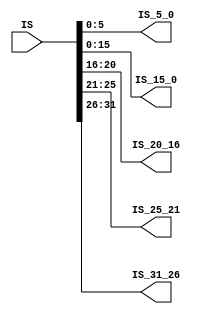
module Instruction_Memory(IS , IS_5_0 , IS_15_0 , IS_20_16 , IS_25_21 , IS_31_26);
	input [31:0] IS;
	output [15:0] IS_15_0;
	output [5:0] IS_5_0,IS_31_26;
	output [4:0] IS_20_16,IS_25_21;
	
	assign  IS_15_0 = IS[15:0];
	assign  IS_5_0 = IS[5:0];
	assign  IS_20_16 = IS[20:16];
	assign  IS_25_21 = IS[25:21];
	assign  IS_31_26 = IS[31:26];
	
endmodule